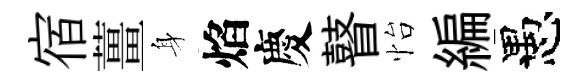
宿薑身焰慶瞽怡編愚